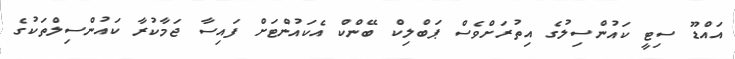
އައްޑޫ ސިޓީ ކައުންސިލުގެ އިތުރަށްވެސް ޕަބްލިކް ބޭންކް އެކައުންޓަށް ފައިސާ ޖަމާކުރާ ކައުންސިލްތަކުގެ